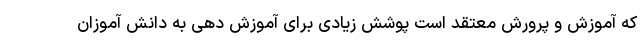
که آموزش و پرورش معتقد است پوشش زیادی برای آموزش دهی به دانش آموزان